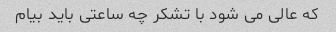
که عالی می شود با تشکر چه ساعتی باید بیام